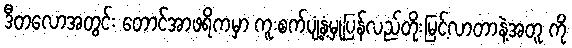
ဒီတလောအတွင်း တောင်အာဖရိကမှာ ကူးစက်ပျံ့နှံ့မှုပြန်လည်တိုးမြင့်လာတာနဲ့အတူ ကို